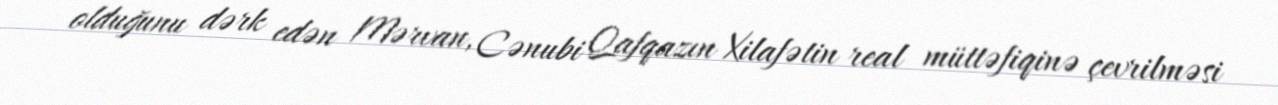
olduğunu dərk edən Mərvan, Cənubi Qafqazın Xilafətin real müttəfiqinə çevrilməsi